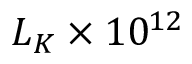
L _ { K } \times 1 0 ^ { 1 2 }